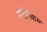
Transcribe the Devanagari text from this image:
सैटेनिकस